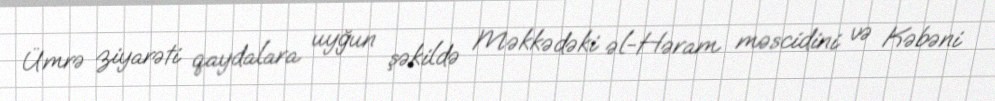
Ümrə ziyarəti qaydalara uyğun şəkildə Məkkədəki əl-Həram məscidini və Kəbəni